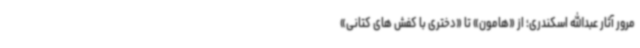
مرور آثار عبدالله اسکندری؛ از «هامون» تا «دختری با کفش های کتانی»